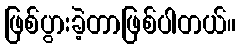
ဖြစ်ပွားခဲ့တာဖြစ်ပါတယ်။